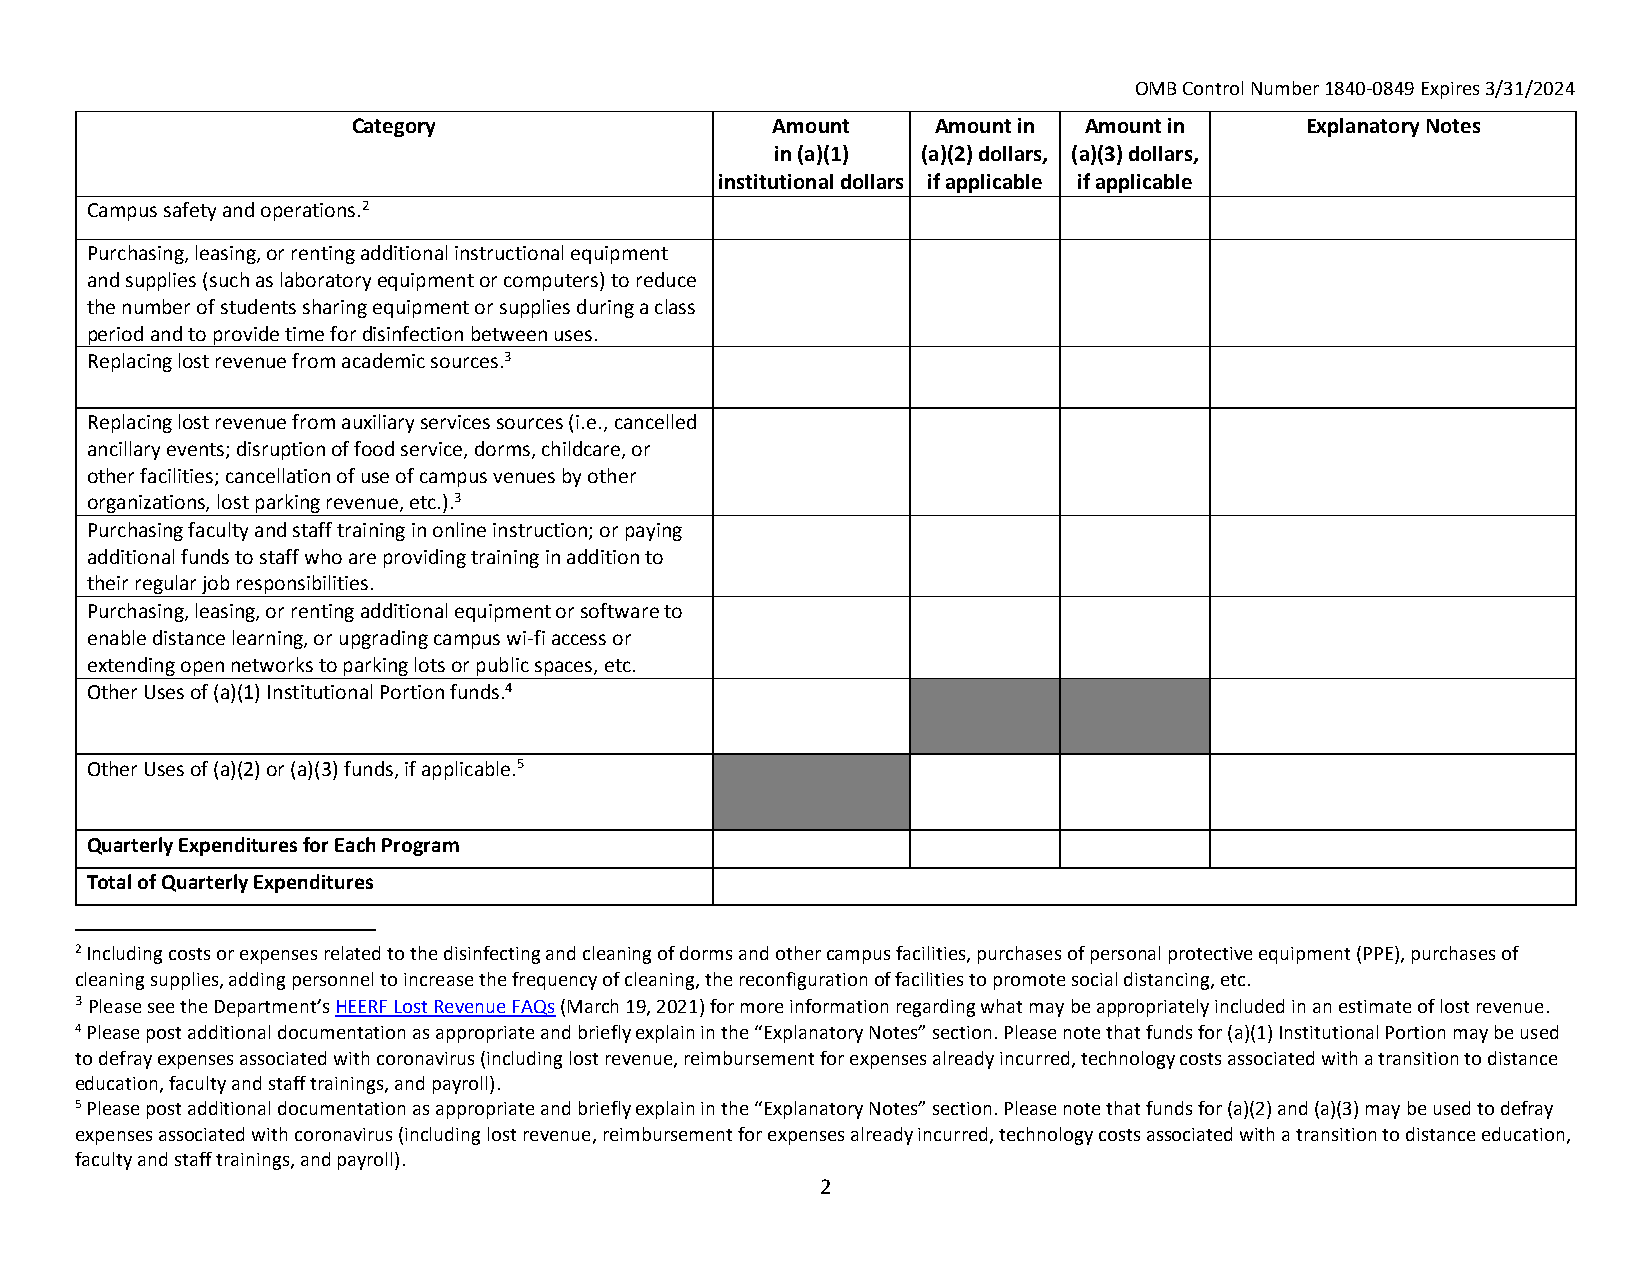
OMB Control Number 1840‐0849 Expires 3/31/2024
 Category                    Amount     Amount in Amount in     Explanatory Notes
 in (a)(1) (a)(2) dollars, (a)(3) dollars,
 institutional dollars if applicable if applicable
 Campus safety and operations.2
 Purchasing, leasing, or renting additional instructional equipment
 and supplies (such as laboratory equipment or computers) to reduce
 the number of students sharing equipment or supplies during a class
 period and to provide time for disinfection between uses.
 Replacing lost revenue from academic sources.3
 Replacing lost revenue from auxiliary services sources(i.e.,cancelled
 ancillary events; disruption of food service, dorms, childcare, or
 other facilities; cancellation of use of campus venues by other
 organizations, lost parking revenue, etc.).3
 Purchasing faculty and staff training in online instruction; or paying
 additional funds to staff who are providing training in addition to
 their regular job responsibilities.
 Purchasing, leasing, or renting additional equipment or software to
 enable distance learning, or upgrading campus wi‐fi access or
 extending open networks to parking lots or public spaces, etc.
 Other Uses of (a)(1) Institutional Portion funds.4
 Other Uses of (a)(2) or (a)(3) funds, if applicable.5
 Quarterly Expenditures for Each Program
 Total of Quarterly Expenditures
 2 Including costs or expenses related to the disinfecting and cleaning of dorms and other campus facilities, purchases of personal protective equipment (PPE), purchases of
 cleaning supplies, adding personnel to increase the frequency of cleaning, the reconfiguration of facilities to promote social distancing, etc.
 3 Please see the Department’s HEERF Lost Revenue FAQs (March 19, 2021) for more information regarding what may be appropriately included in an estimate of lost revenue.
 4 Please post additional documentation as appropriate and briefly explain in the “Explanatory Notes” section. Please note that funds for (a)(1) Institutional Portion may be used
 to defray expenses associated with coronavirus (including lost revenue, reimbursement for expenses already incurred, technology costs associated with a transition to distance
 education, faculty and staff trainings, and payroll).
 5 Please post additional documentation as appropriate and briefly explain in the “Explanatory Notes” section. Please note that funds for (a)(2) and (a)(3) may be used to defray
 expenses associated with coronavirus (including lost revenue, reimbursement for expenses already incurred, technology costs associated with a transition to distance education,
 faculty and staff trainings, and payroll).
 2